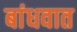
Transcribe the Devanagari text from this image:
बांधवात